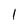
Character: 1